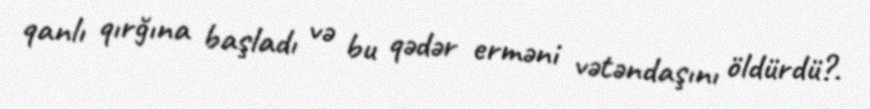
qanlı qırğına başladı və bu qədər erməni vətəndaşını öldürdü?.